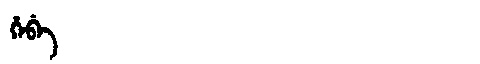
Manchu: ᡥᡝᠪᡝ
Romanization: HEBE